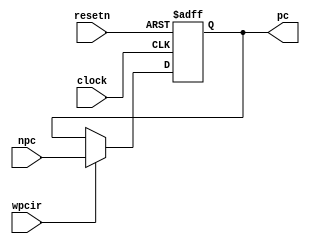
module pipepc( npc,wpcir,clock,resetn,pc );
	input wire[31:0] npc;
	input clock, resetn, wpcir;
	
	output [31:0] pc;
	reg [31:0] pc;
	
	always @(posedge clock or negedge resetn)
	begin
		if (~resetn)
			begin
				pc <= -4;
			end
		else
			begin 
				if (wpcir)
					begin
					pc <= npc;
					end
			end
	end
endmodule